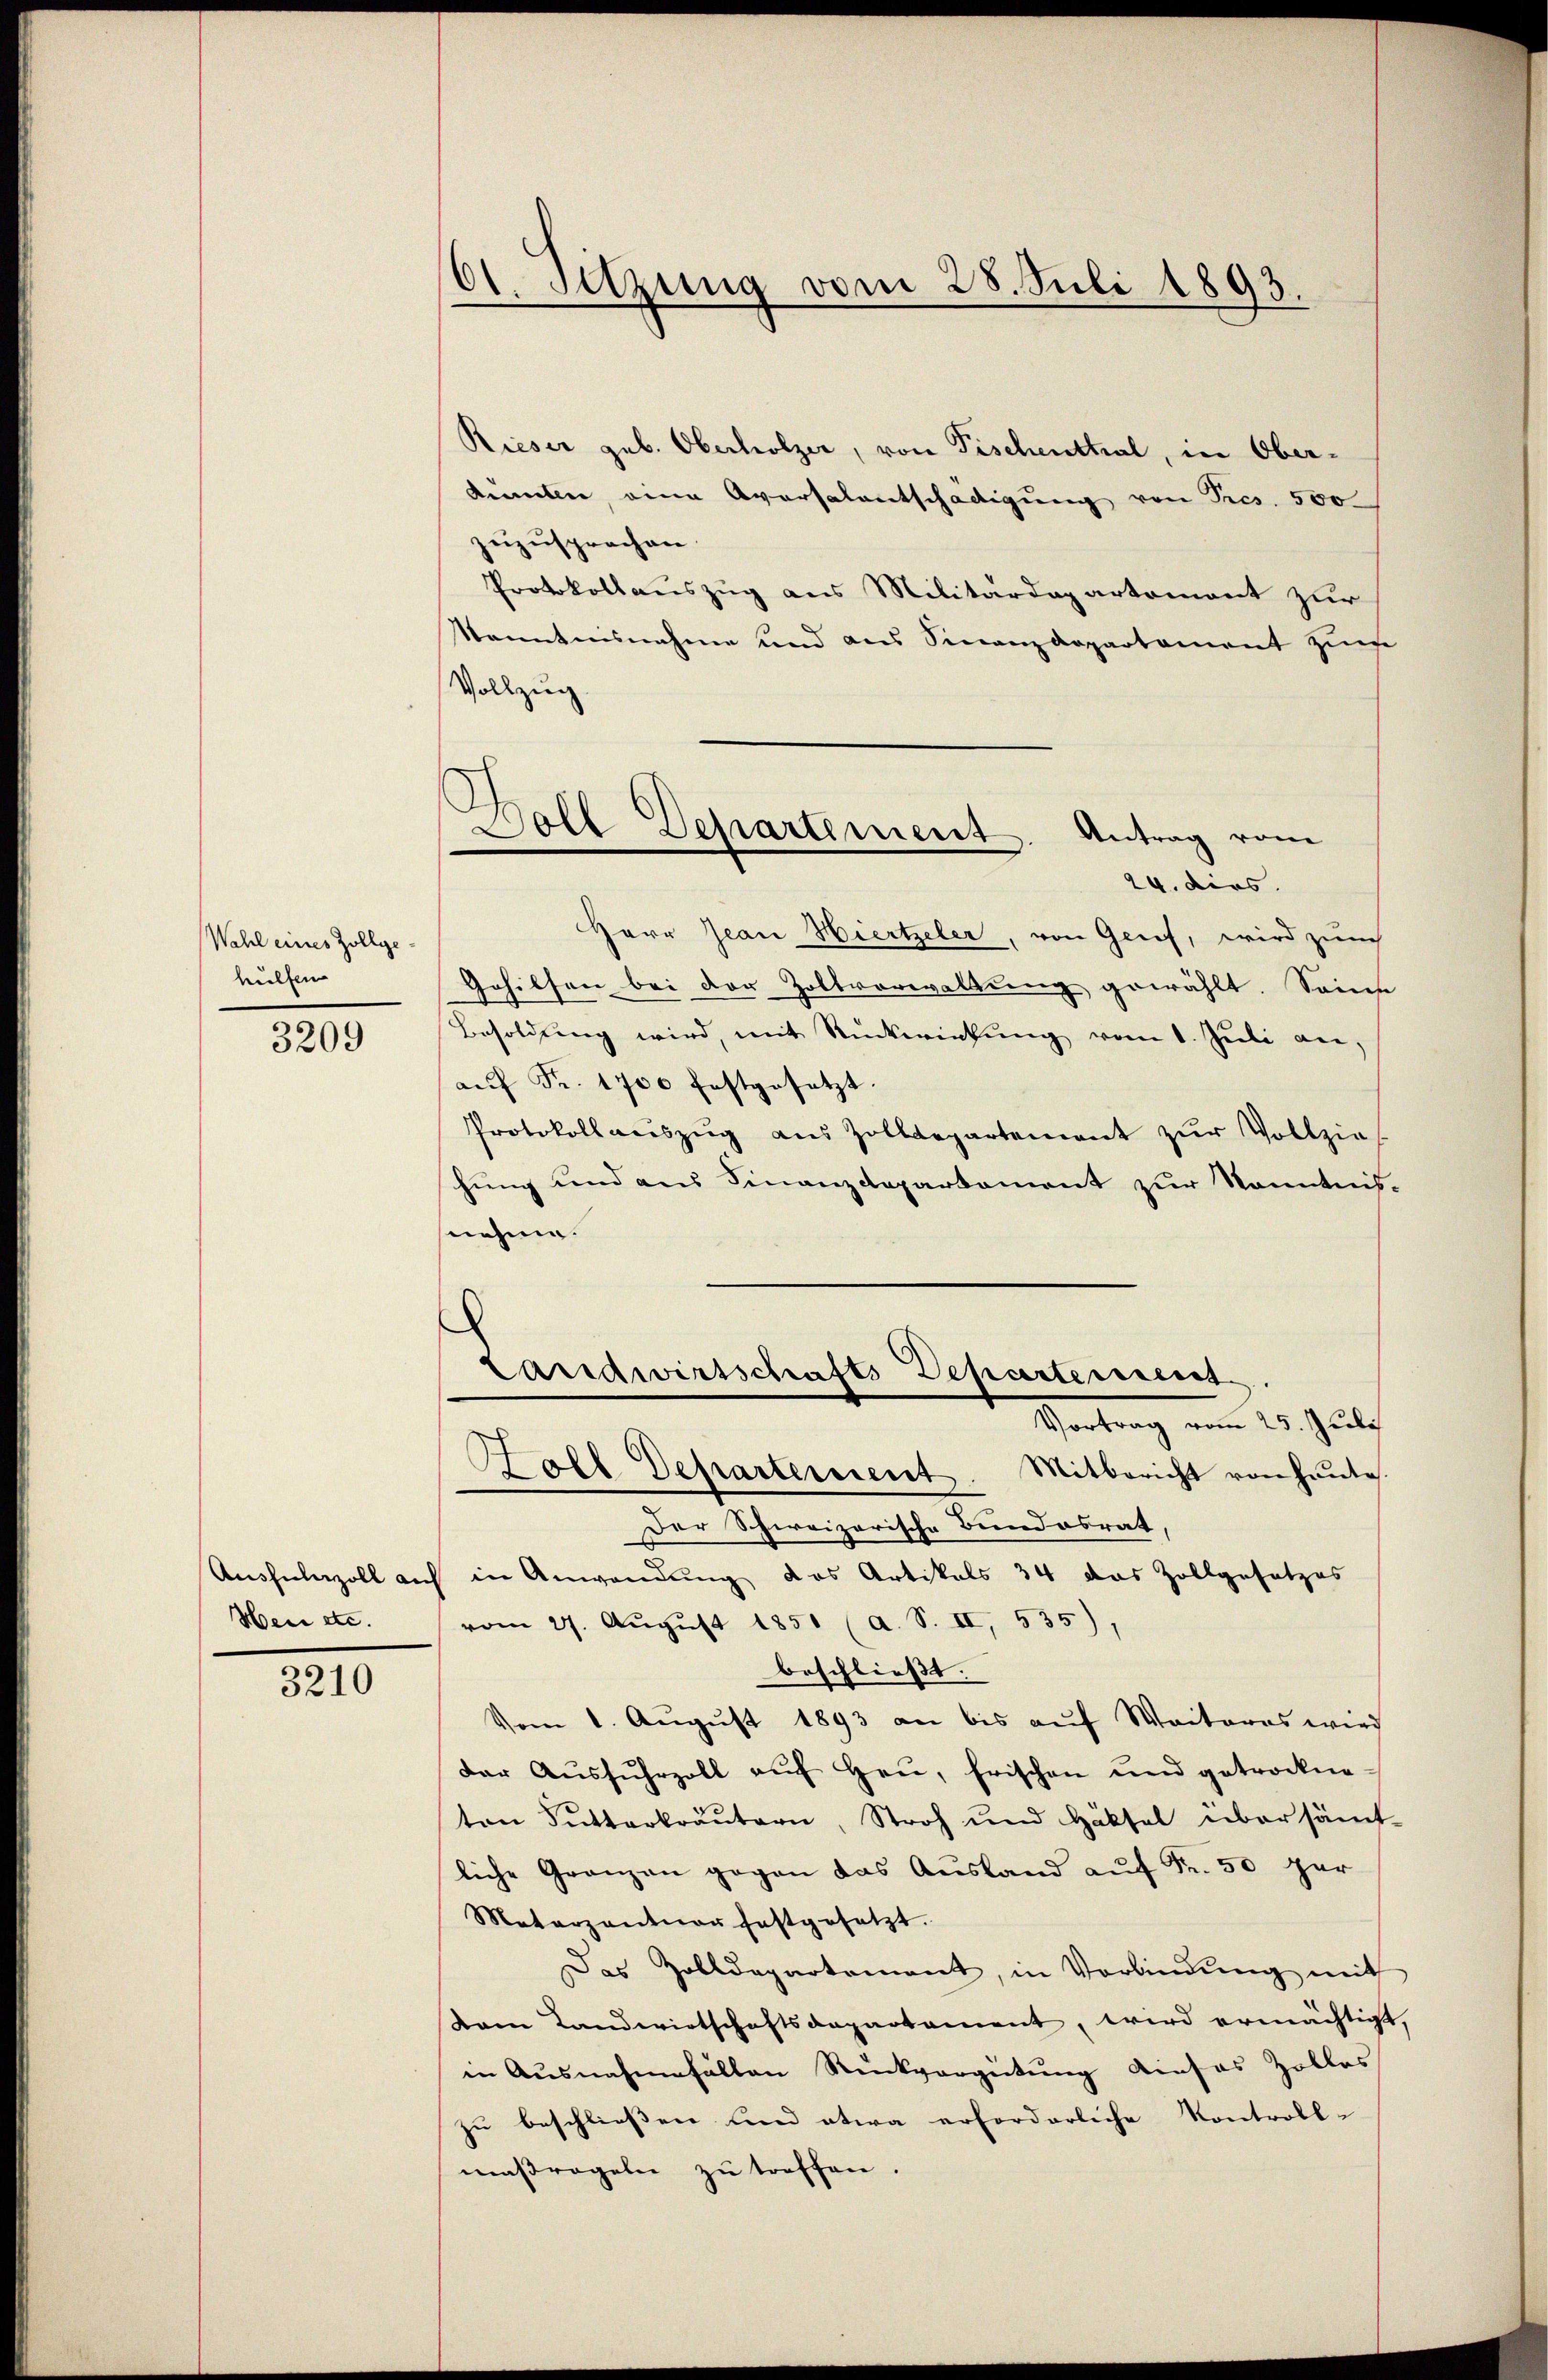
Wahl eines Zollge-
hülfen

3209

Hen etc.

3210

dt. Sitzung vom 28. Juli 1893.

d
1
Soll Departement. Antrag von
24. dies

Rieser geb. Oberholzer, von Fischenthal, in Oberkumben, eine Aversalentschädigung von Pres. 500
zuzusprechen.
Protokollauszug aus Militärdepartement zur
Kenntnisnahme und aus Finanzdepartament zŭm
Vollzug.
Herr Jean Hiertzeler, von Grief, wird zur
Gehilfen bei der Zollverwaltung gewählt. Seine
Besoldung wird, mit Rückwirkung vom 1. Jŭli an,
aŭf Fr. 1700 festgesetzt.
Protokollaŭszŭg aŭs Zolldepartement zŭr Vollzieh
hung und aus Finanzdepartement zur Kenntnisnehme.
¬
Landwirtschafts-Departement.
Vertrag vom 25. Juli
Hall Departement. Mitbericht von heute.
Der Schweizerische Bundesrat,
Aushülnzoll auch in Anwendung das Artikals 34 das Zollgesetzes
vom 27. August 1851 (a. S. II, 535),
beschließt:
Vom 1. Aŭgŭst 1893 an bis aŭf Weiteres wird
der Aŭsfŭhrzoll aŭf heŭ, frischen und getrockne-
ten Sŭtterkräutern, Stroh und Häksel übersämt-
liche Granzen gegen das Aŭsland aŭf Fr. 50 ger
Metarzantier festgesetzt.
Das Zolldepartement, in Verbindŭng mit
tem Landwirtschaftsdepartement, wird ermächtigt,
in Ausnahmefallen Rückvergütŭng dieses Zolles
zu beschließen und etwa erforderliche Kontroll-
maßregeln zu treffen.